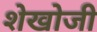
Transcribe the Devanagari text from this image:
शेखोजी